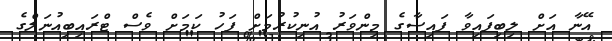
އޭނާ އަށް ލިބިފައިވާ ފައިސާގެ މިންވަރު އުނިކުރުމަށް ފަހު ކަމަށް ވެސް ޓްރައިބިއުނަލްގެ